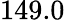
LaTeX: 149.0